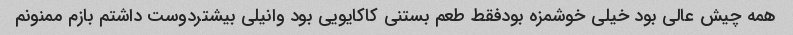
همه چیش عالی بود خیلی خوشمزه بودفقط طعم بستنی کاکایویی بود وانیلی بیشتردوست داشتم بازم ممنونم